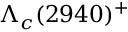
\Lambda _ { c } ( 2 9 4 0 ) ^ { + }